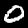
Label: 0